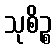
သုစိဉ္စ